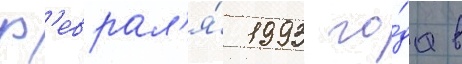
ф'еврал'я́ 1993 го́да в